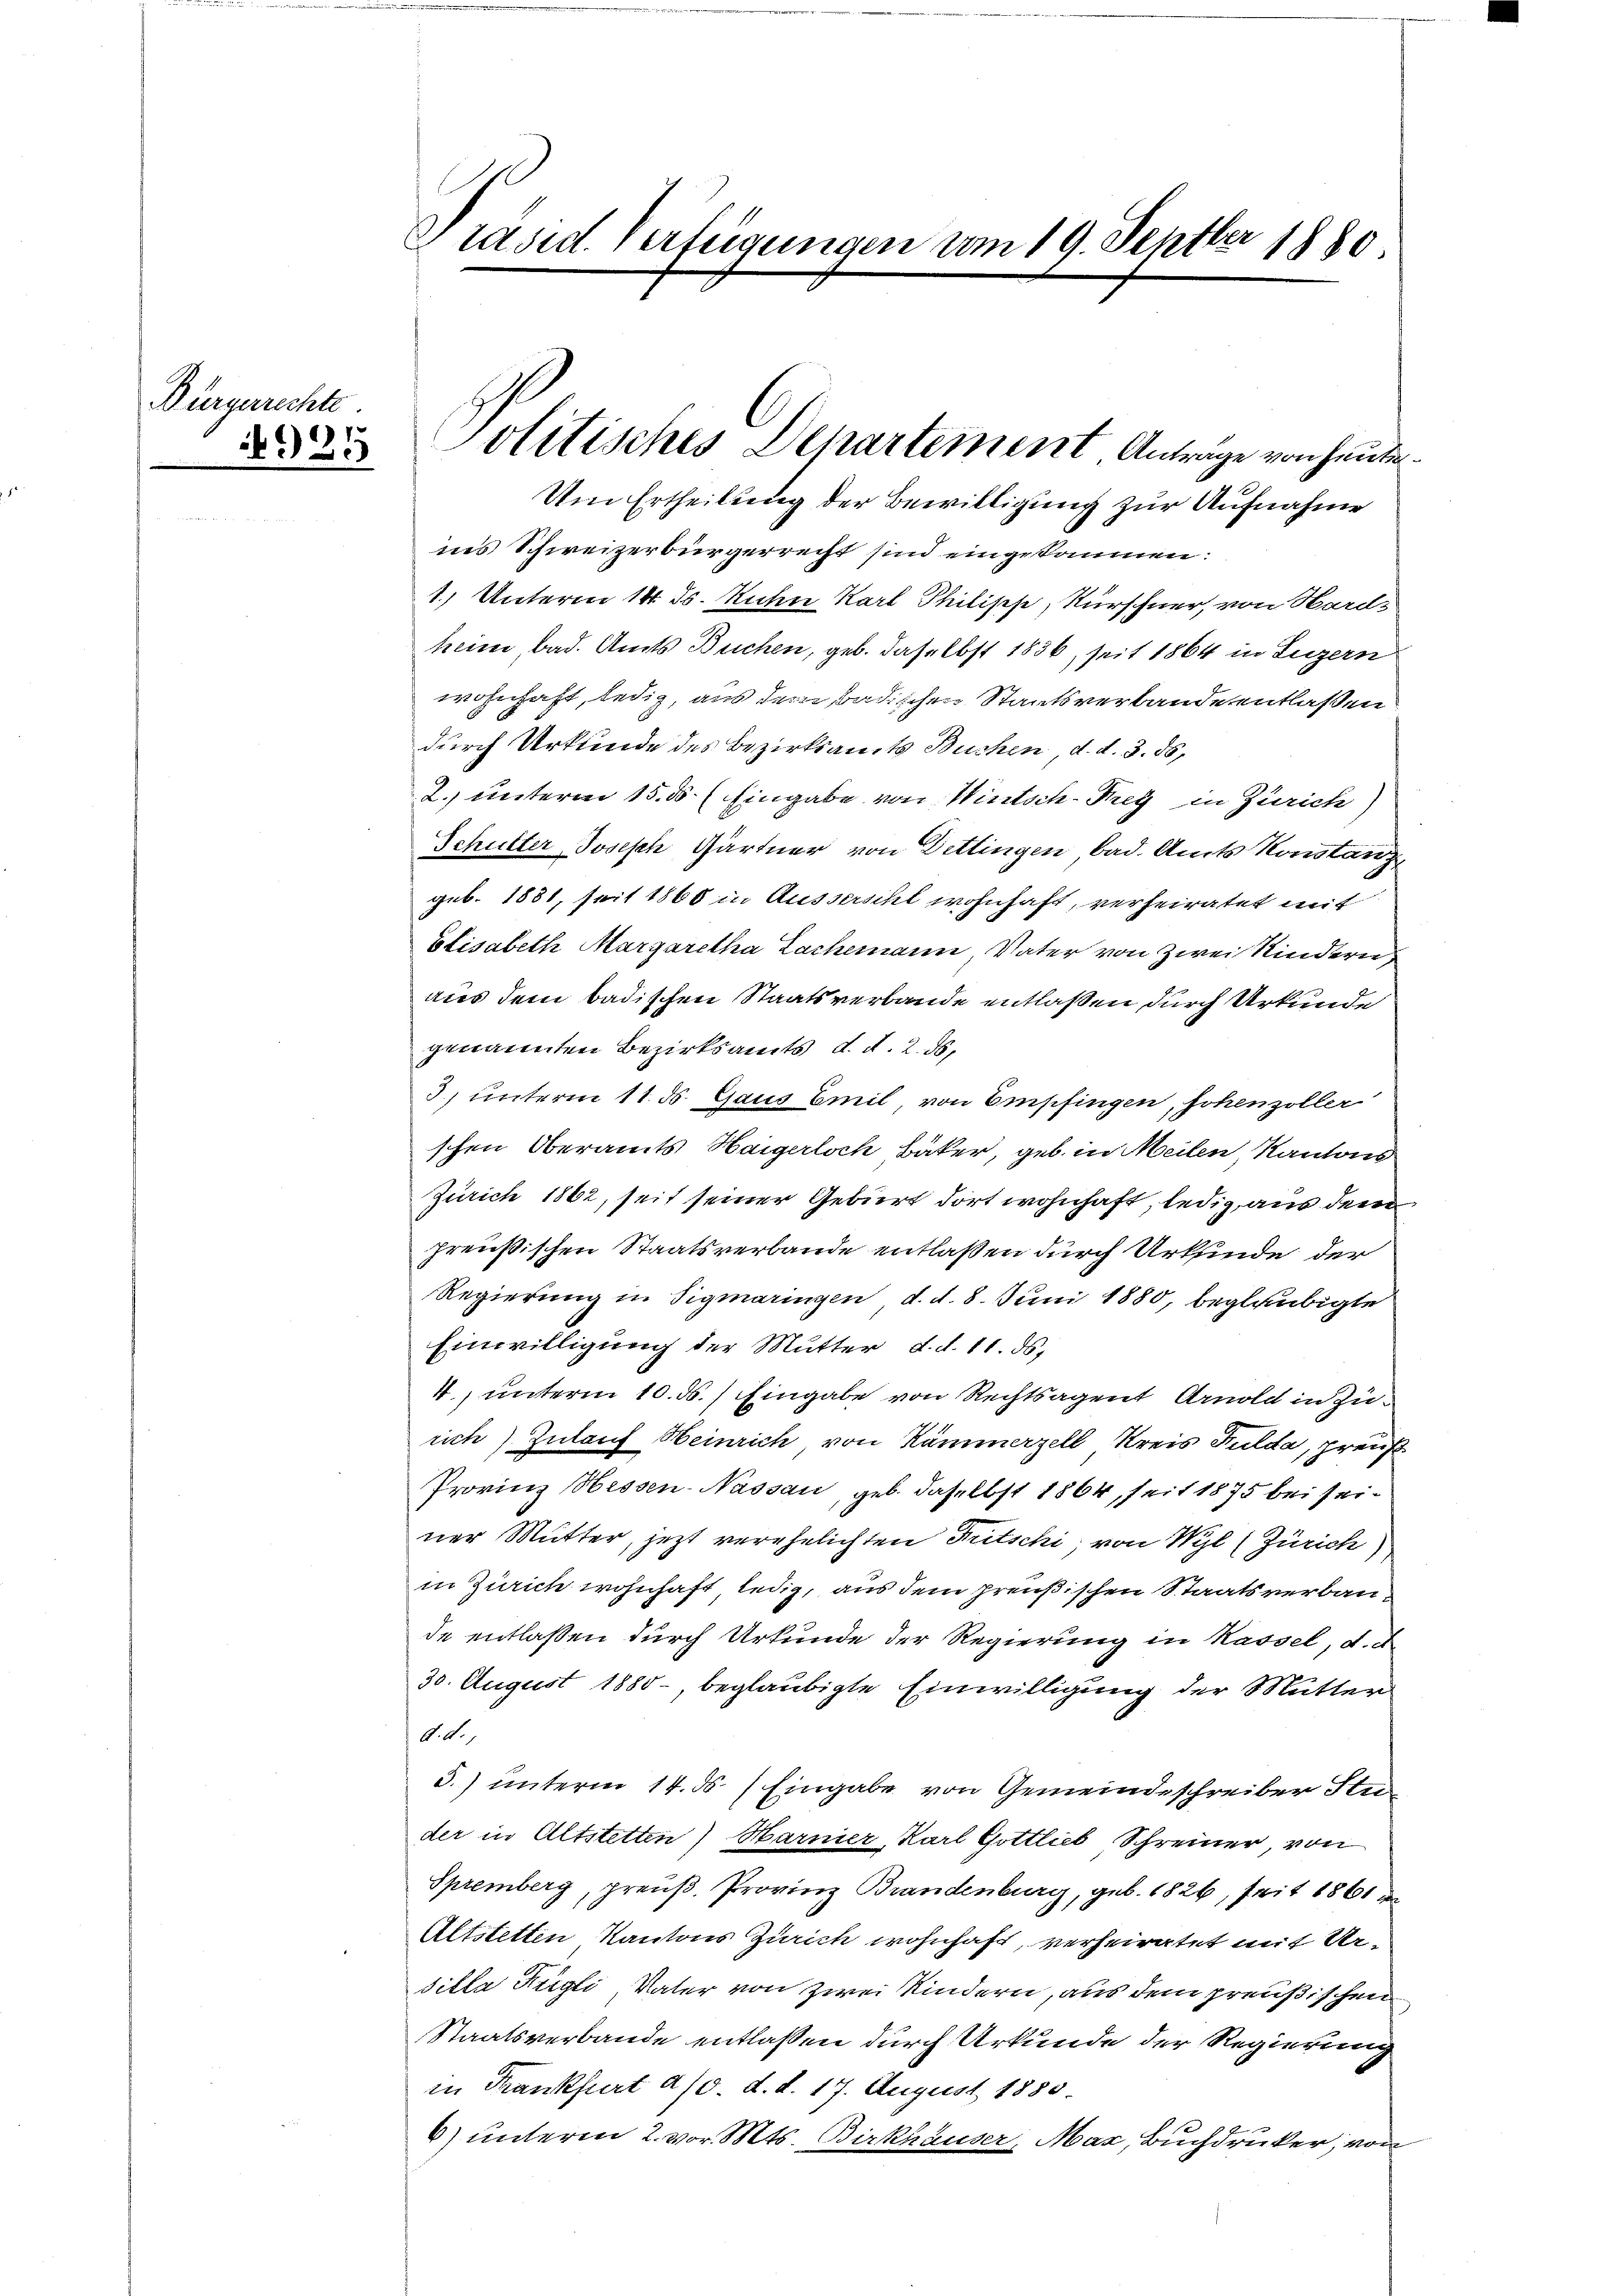
Bürgerrechte
425

Präsid. Verfügungen vom 19. Septber 1880

Um Ertheilung der Bewilligung zur Aufnahme
ins Schweizerbürgerrecht sind eingekommen.
1.) Unterm 14. ds. Kuhn Karl Philisch, Kürschner, von Hard-
heim bad. Amts Buchen, geb. daselbst 1836, seit 1864 in Luzern
wohnhaft, ledig, aus dem badischen Staatsverbande entlaßen
durch Urkunde des Bezirksamts Buchen d. d. 3. ds.
2. unterm 15. ds Eingabe von Wintsch. Frey in Zürich)
Schulter Joseph Gärtner von Dettingen bad. Amts Konstanz
geb. 1881, seit 1868 in Ausserscht wohnhaft, verheiratet mit
Elisabeth Margaretha Lachemann, Vater von zwei Kindern
aus dem badischen Staatsverbande entlaßen durch Urkunde
genannten Bezirksamts, d. d. 2. ds.
3) unterm 11. d. Gaus Emil, von Empfingen, hohenzoller
schen Oberamts Haigerloch Bäker, geb. in Meilen, Kantons
Zürich 1862, seit seiner Geburt dort wohnhaft, ledig, aus dem
preußischen Staatsverbande entlaßen durch Urkunde der
Regierung in Sigmaringen d. d. 8. Juni 1880, beglaubigte
Einwilligung der Mutter d. d. 11. ds.
4, unterm 10. ds. Eingabe von Rechtsagent Arnold in Zurich) Zulauf Heinrich von Kämmerzell Kreis Fulda, preuß
Provinz Hessen Nassau, geb. daselbst 1864, seit 1875 bei seiner Mutter, jetzt verehelichten Fritschi, von Wyl (Zürich)
in Zürich wohnhaft ledig, aus dem preußischen Staatsverbaude entlaßen durch Urkunde der Regierung in Kassel, d. d.
30. August 1880, beglaubigte Einwilligung der Mutter
A. d. 1
5.) unterm 14. ds. Eingabe von Gemeindeschreiber Studer in Altstetten) Harnier, Karl Gottlieb Schreiner von
Spremberg, preuß. Provinz Brandenburg, geb. 1826, seit 1861
Altstetten Kantons Zürich wohnhaft, verheiratet mit Ur-
silla Fügli, Vater von zwei Kindern, aus dem preußischen
Staatsverbande entlassen durch Urkunde der Regierung
in Frankfurt a/d. d. d. 17. August 1880.
6) unterm 2. vor. Mts. Birkhäuser, Mas, Buchdrucker, von

l
Politisches Departement Antrage von heute